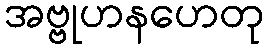
အဗ္ဗုဟနဟေတု